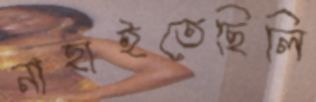
নাহাইতেছিলি